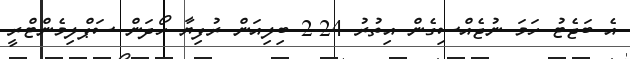
އެ ބަޖެޓު ހަމަ ނުޖެއްސިގެން އިތުރު 2.24 ބިލިއަން ރުފިޔާ ހޯދަން ސަޕްލިމެންޓްރީ